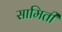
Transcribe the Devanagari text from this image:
सामिती